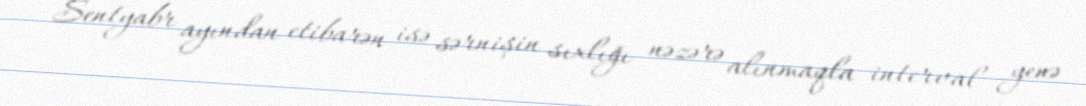
Sentyabr ayından etibarən isə sərnişin sıxlığı nəzərə alınmaqla interval yenə